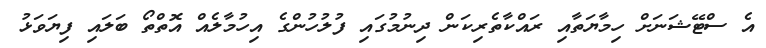
އެ ސްޓޭޝަނަށް ހިމާޔަތާއި ރައްކާތެރިކަން ދިނުމުގައި ފުލުހުންގެ އިހުމާލެއް އޮތްތޯ ބަލައި ފިޔަވަޅު